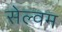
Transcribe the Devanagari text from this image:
सेल्वम